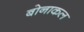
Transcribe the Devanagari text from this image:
बोनाकल